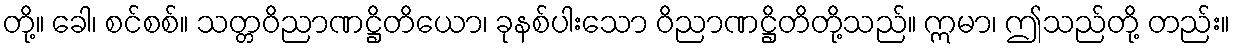
တို့။ ခေါ၊ စင်စစ်။ သတ္တဝိညာဏဋ္ဌိတိယော၊ ခုနစ်ပါးသော ဝိညာဏဋ္ဌိတိတို့သည်။ ဣမာ၊ ဤသည်တို့ တည်း။